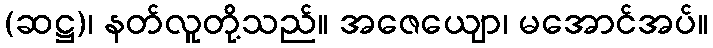
(ဆဋ္ဌ)၊ နတ်လူတို့သည်။ အဇေယျော၊ မအောင်အပ်။